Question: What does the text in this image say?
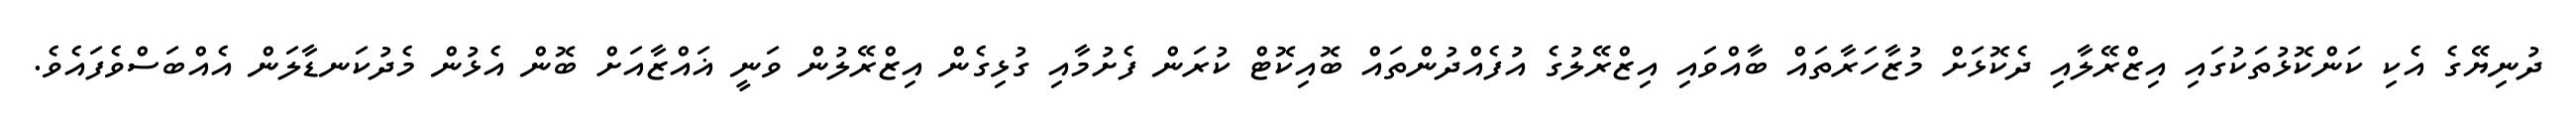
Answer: ދުނިޔޭގެ އެކި ކަންކޮޅުތަކުގައި އިޒްރޭލާއި ދެކޮޅަށް މުޒާހަރާތައް ބާއްވައި އިޒްރޭލުގެ އުފެއްދުންތައް ބޮއިކޮޓް ކުރަން ފެށުމާއި ގުޅިގެން އިޒްރޭލުން ވަނީ ޣައްޒާއަށް ބޮން އެޅުން މެދުކަނޑާލަން އެއްބަސްވެފައެވެ.